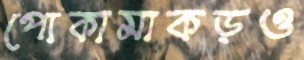
পোকামাকড়ও